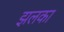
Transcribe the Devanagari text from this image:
झलका